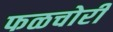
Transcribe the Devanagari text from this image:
फळचोरी